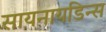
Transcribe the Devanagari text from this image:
सायनायडिन्स